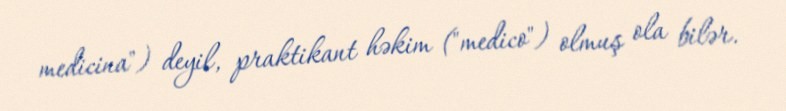
medicina") deyil, praktikant həkim ("medico") olmuş ola bilər.